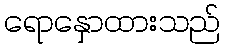
ရောနှောထားသည်